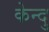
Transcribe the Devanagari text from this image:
केन्दु